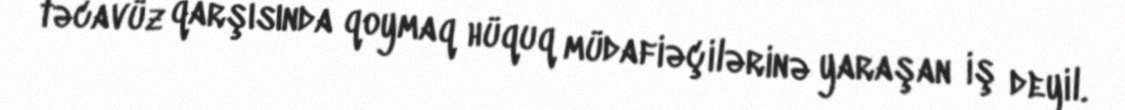
təcavüz qarşısında qoymaq hüquq müdafiəçilərinə yaraşan iş deyil.